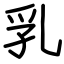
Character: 乳